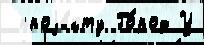
 проjе́кту Го́род У